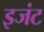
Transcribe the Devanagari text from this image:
इजंट